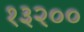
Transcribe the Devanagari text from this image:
१३२००